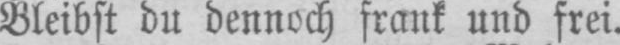
Bleibst du dennoch frank und frei.